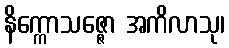
နိက္ကောသဇ္ဇော အကိလာသု၊